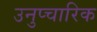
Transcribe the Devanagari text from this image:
उनुप्चारिक